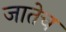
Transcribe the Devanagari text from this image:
जातेच